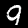
Digit: 9